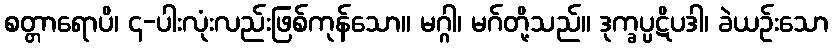
စတ္တာရောပိ၊ ၄-ပါးလုံးလည်းဖြစ်ကုန်သော။ မဂ္ဂါ၊ မဂ်တို့သည်။ ဒုက္ခပ္ပဋိပဒါ၊ ခဲယဉ်းသော